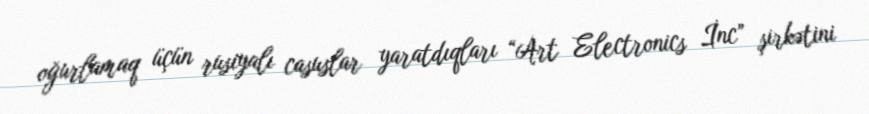
oğurlamaq üçün rusiyalı casuslar yaratdıqları “Art Electronics İnc” şirkətini